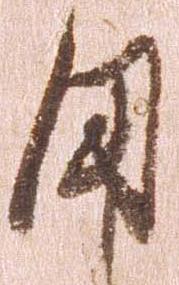
用